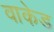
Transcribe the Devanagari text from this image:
वाकेड